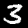
Digit: 3